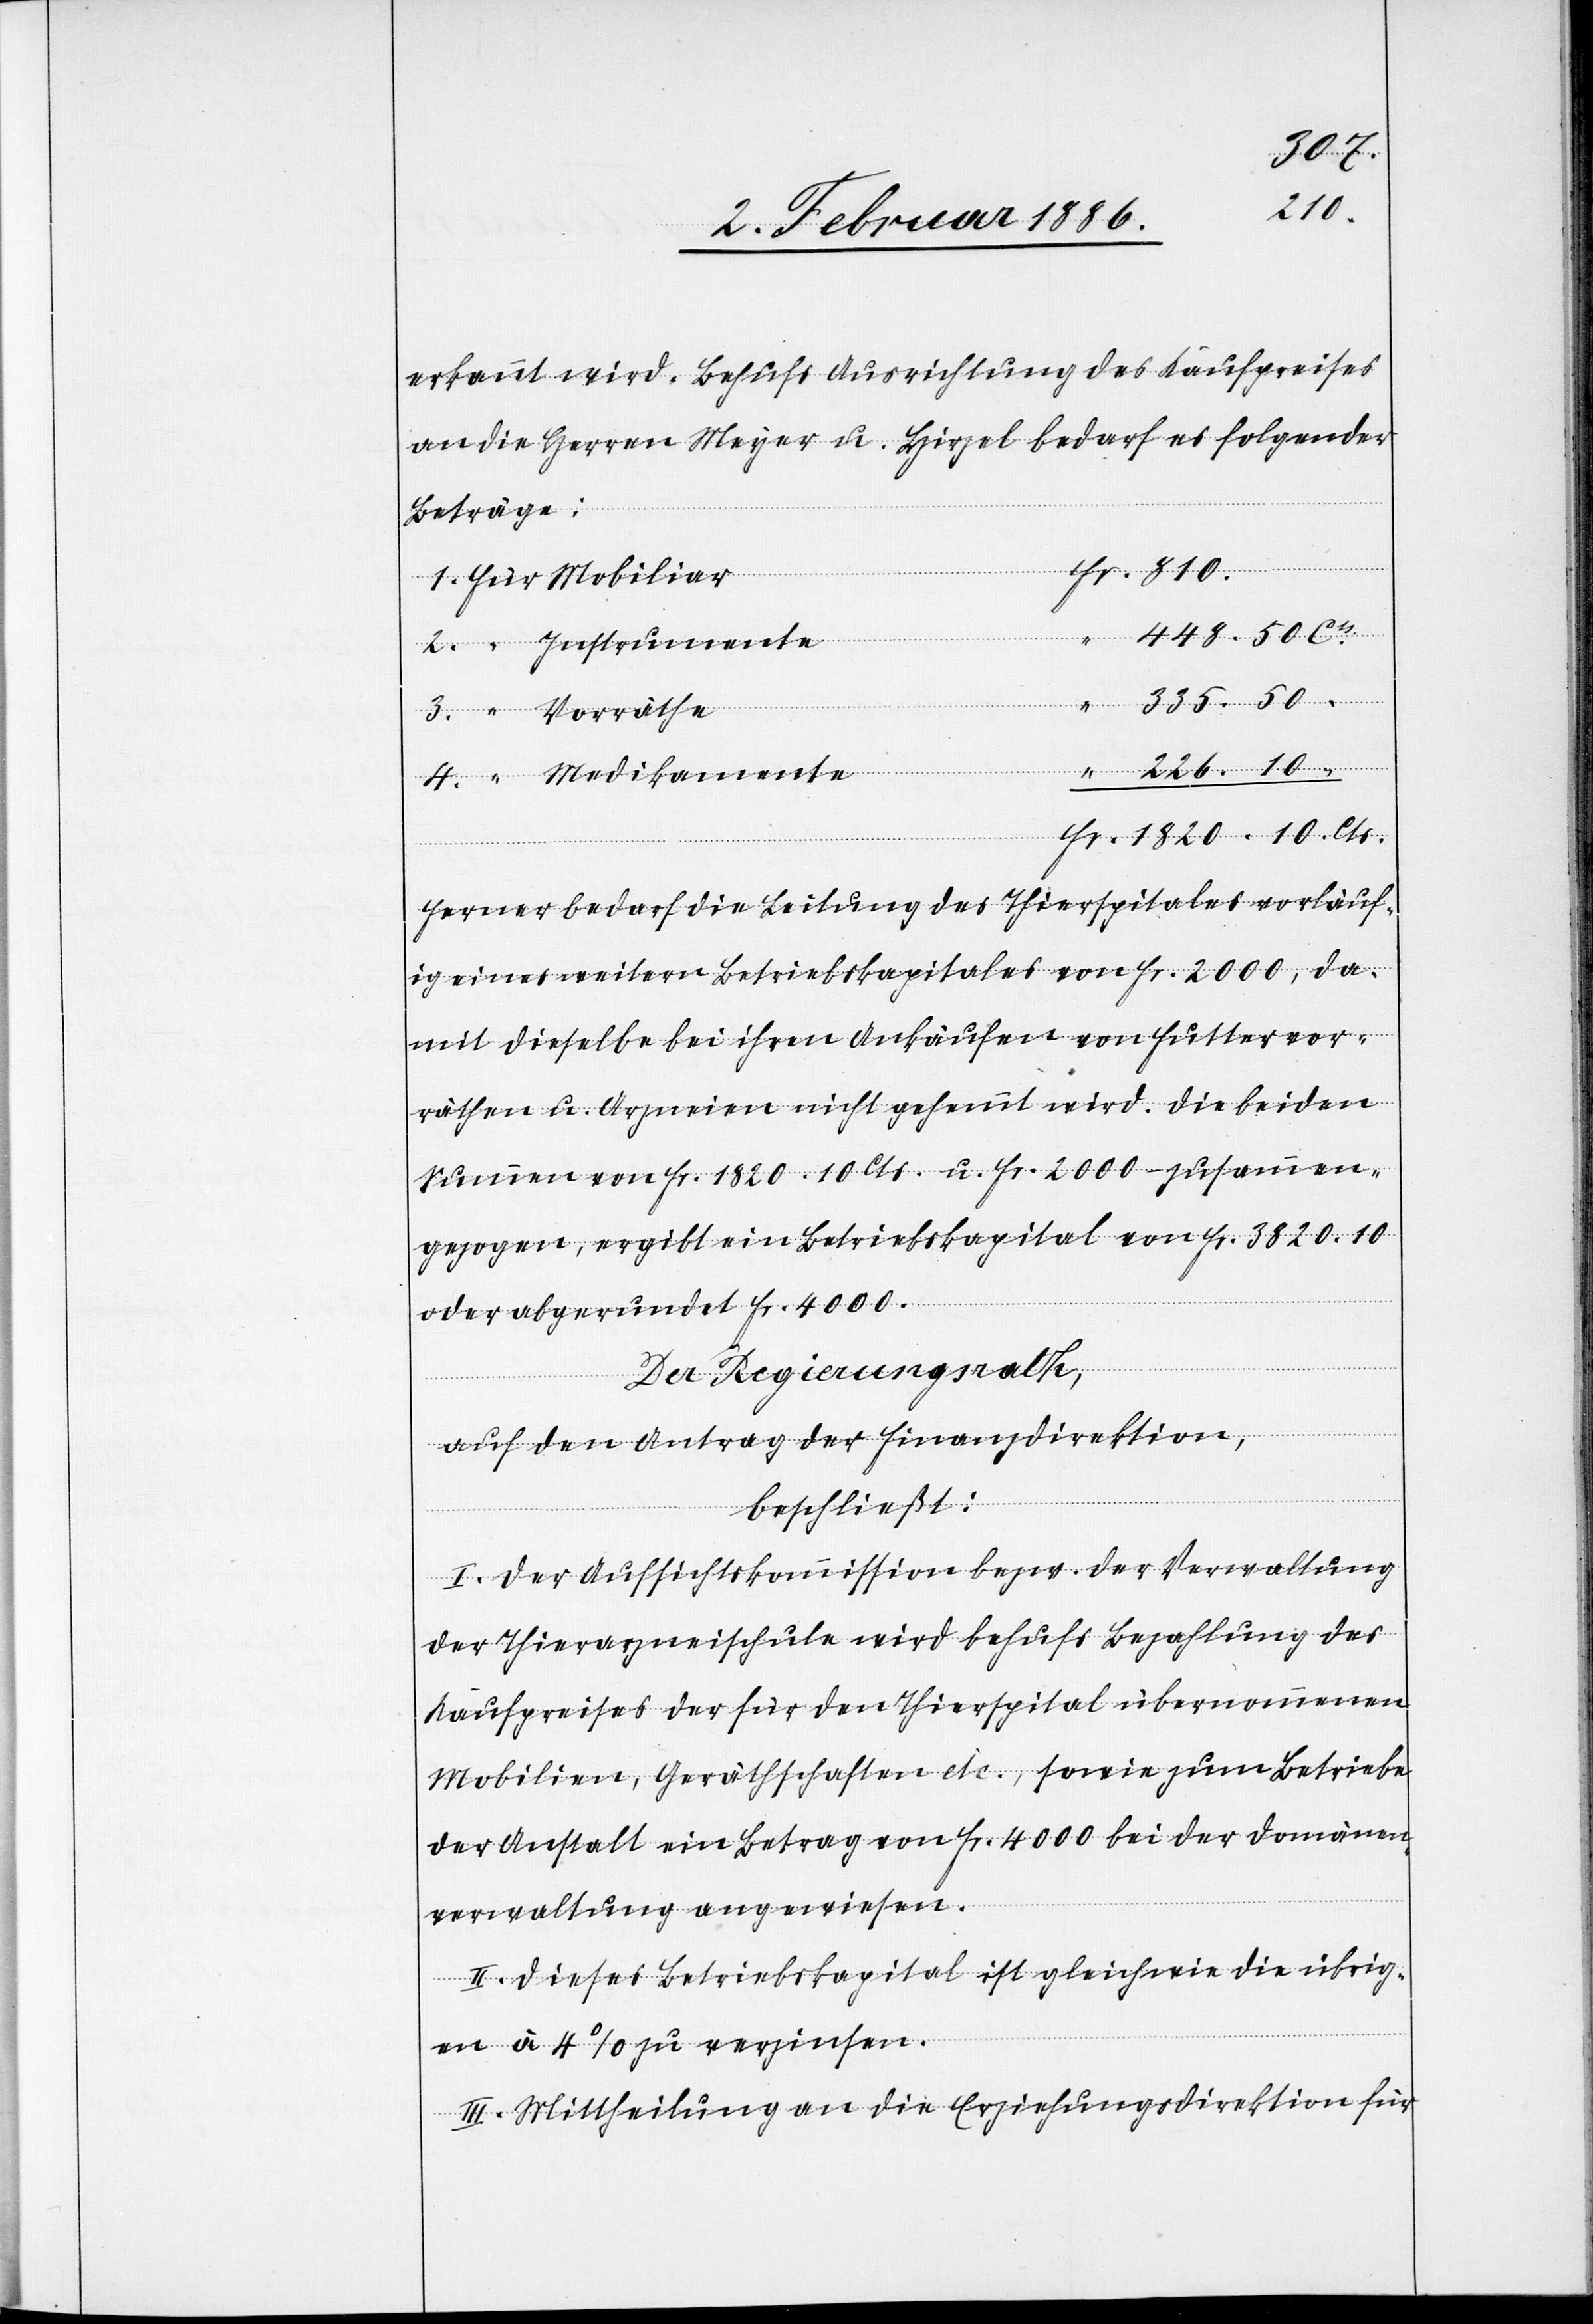
1820.
50
erkannt wird. Behufs Ausrichtung des Kaufpreises
an die Herrn Meyer u. Hirzel bedarf es folgender
Beträge:
Cts
Ferner bedarf die Leitung des Thierspitales vorläuf¬
ig eines weitern Betriebskapitales von Fr. 2000, da¬
mit dieselbe bei ihren Ankäufern von Futtervor¬
räthen u. Arzneien nicht gehemmt wird. Die beiden
Summen von Fr. 1820. 10 Cts. u. Fr. 2000.– zusammen¬
gezogen, ergibt ein Betriebskapital von Fr. 3820. 10
oder aufgerundet Fr. 4000.
Der Regierungsrath,
auf den Antrag der Finanzdirektion
amente
beschließt:
I. Der Aufsichtskommission bzw. der Verwaltung
der Thierarzneischule wird behufs Bezahlung des
Kaufpreises der für den Thierspital übernommenen
Mobilien, Geräthschaften etc., sowie zum Betriebe
der Anstalt ein Betrag von Fr. 4000 bei der Domänen¬
verwaltung angewiesen.
II. Dieses Betriebskapital ist gleich wie die übrig¬
en à 4% zu verzinsen.
III. Mittheilung an die Erziehungsdirektion für